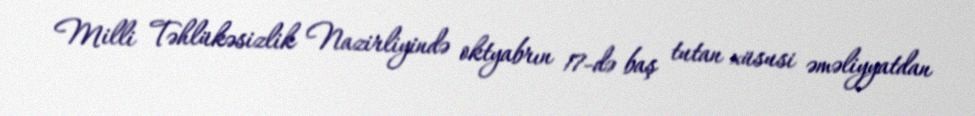
Milli Təhlükəsizlik Nazirliyində oktyabrın 17-də baş tutan xüsusi əməliyyatdan